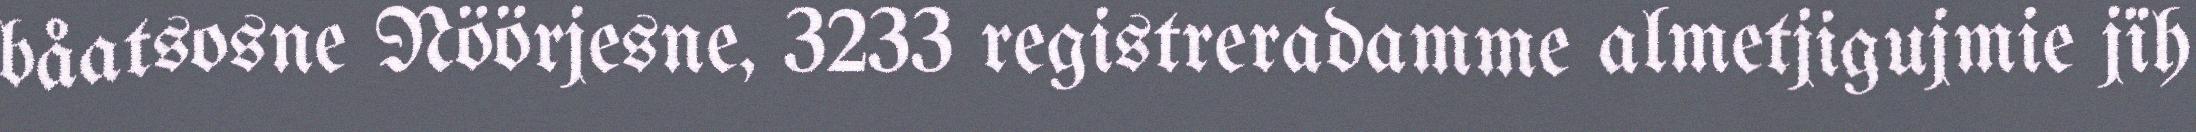
båatsosne Nöörjesne, 3233 registreradamme almetjigujmie jïh